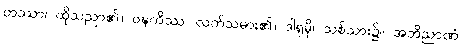
တဿာ၊ ထိုသညာ၏။ ဝဍ္ဎကိဿ၊ လက်သမား၏။ ဒါရုမှိ၊ သစ်သား၌။ အဘိညာဏံ၊